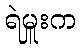
ရဲမှူးက